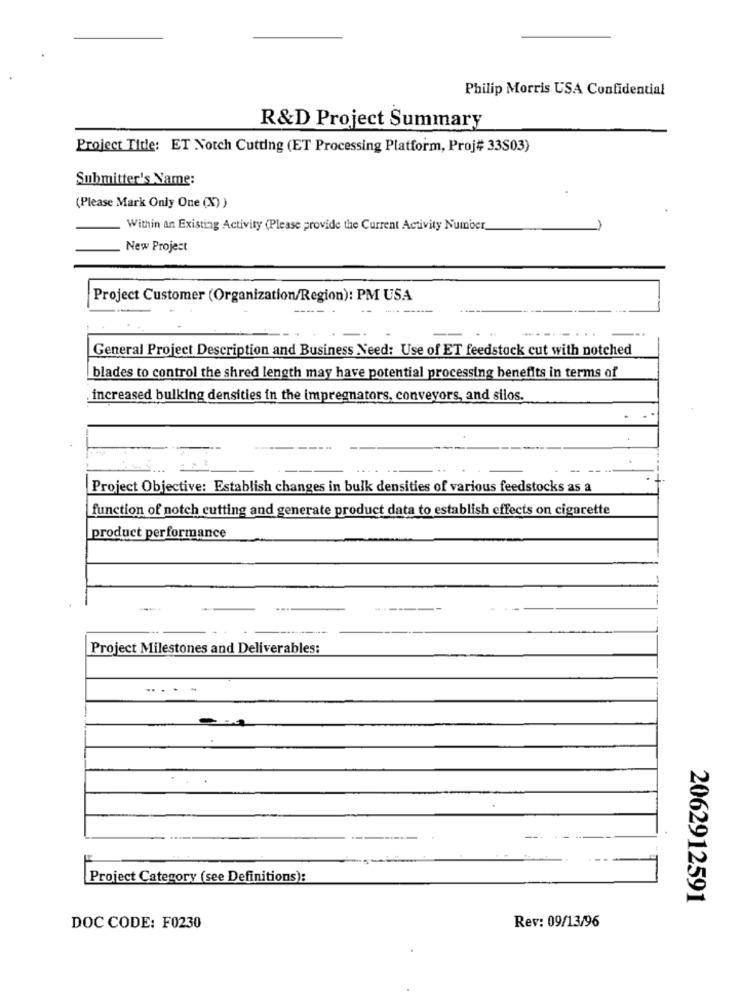
Philip Morris USA Confidential
R&D Project Summary
Project Title: ET Notch Cutting (ET Processing Platform, Proj# 33S03)
Submitter's Name:
(Please Mark Only One (X) )
Within an Existing Activity (Please provide the Current Activity Number
New Project
Project Customer (Organization/Region): PM USA
General Project Description and Business Need: Use of ET feedstock cut with notched
blades to control the shred length may have potential processing benefits in terms of
increased bulking densities in the impregnators, conveyors, and silos.
Project Objective: Establish changes in bulk densities of various feedstocks as a
function of notch cutting and generate product data to establish effects on cigarette
product performance
---
Project Milestones and Deliverables:
Project Category (see Definitions):
2062912591
DOC CODE: F0230
Rev: 09/13/96